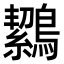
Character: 𪅸